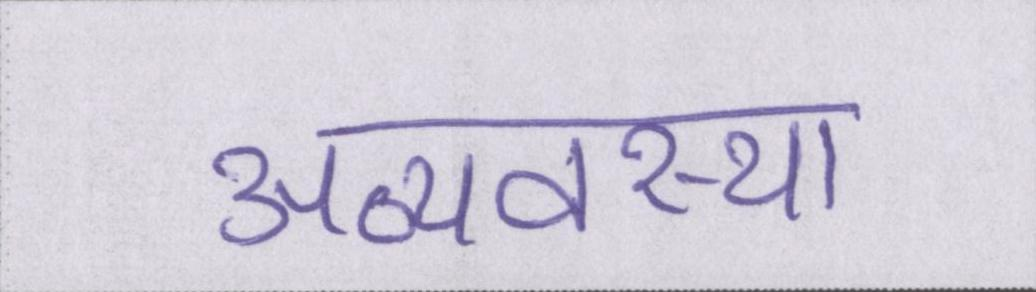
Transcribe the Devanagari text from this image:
अव्यवस्था